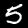
Digit: 5